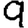
Digit: 9